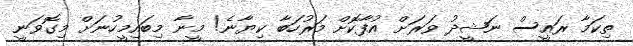
ތިކަމާ ރައީސް ނަޝީދު ވަރަށް އުފާކޮށް މަރުހަބާ ކިޔާނެ! މީނާ މިބައިމީހުނަށް މިގޮވަނީ